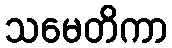
သမေတိကာ